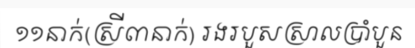
១១នាក់(ស្រី៣នាក់) រងរបួសស្រាលប្រាំបួន